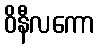
ဝိနီလကော